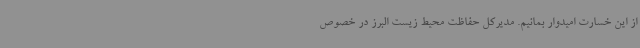
از این خسارت امیدوار بمانیم. مدیرکل حفاظت محیط زیست البرز در خصوص